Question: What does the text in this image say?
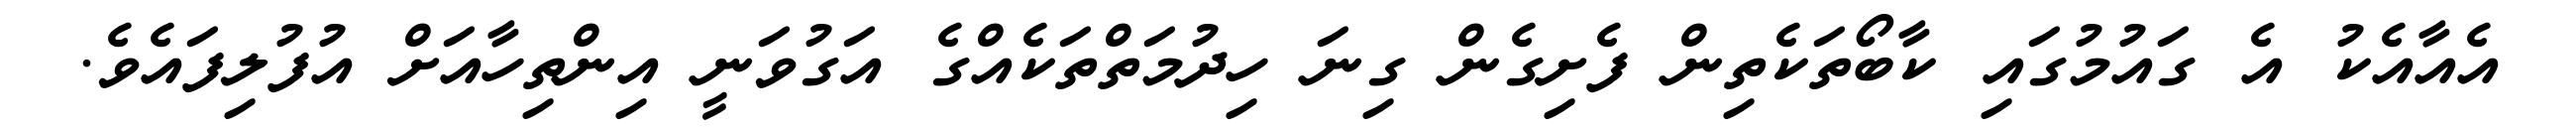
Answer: އެއާއެކު އެ ގައުމުގައި ކާބޯތަކެތިން ފެށިގެން ގިނަ ހިދުމަތްތަކެއްގެ އަގުވަނީ އިންތިހާއަށް އުފުލިފައެވެ.